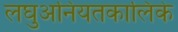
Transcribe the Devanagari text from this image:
लघुअनियतकालिके